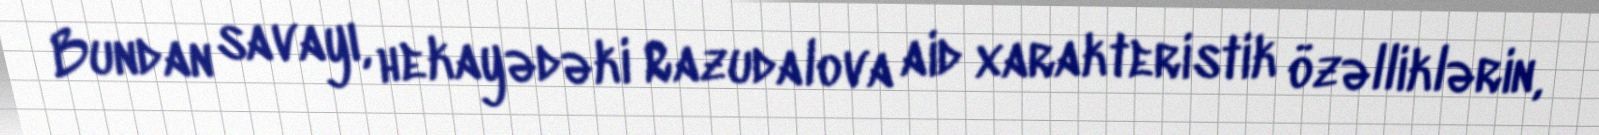
Bundan savayı, hekayədəki Razudalova aid xarakteristik özəlliklərin,